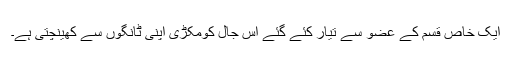
ایک خاص قسم کے عضو سے تیار کئے گئے اس جال کومکڑی اپنی ٹانگوں سے کھینچتی ہے۔